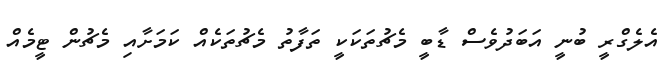
އެލެގްރީ ބުނީ އަބަދުވެސް ޑާބީ މެޗުތަކަކީ ތަފާތު މެޗުތަކެއް ކަމަށާއި މެޗުން ޓީމެއް